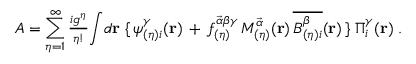
{ \cal { A } } = \sum _ { \eta = 1 } ^ { \infty } { \textstyle \frac { i g ^ { \eta } } { \eta ! } } { \int } d { \bf r } \; \{ \, \psi _ { ( \eta ) i } ^ { \gamma } ( { \bf { r } } ) \, + \, f _ { ( \eta ) } ^ { \vec { \alpha } \beta \gamma } \, { \cal { M } } _ { ( \eta ) } ^ { \vec { \alpha } } ( { \bf { r } } ) \, \overline { { { { \cal { B } } _ { ( \eta ) i } ^ { \beta } } } } ( { \bf { r } } ) \, \} \; \Pi _ { i } ^ { \gamma } ( { \bf { r } } ) \; .